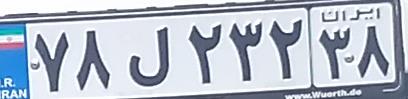
۷۸ل۲۳۲۳۸